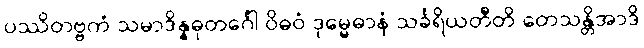
ပဿိတဗ္ဗကံ သမာဒိန္နဓုတင်္ဂေါ ဝိဓဝံ ဒုမ္မေဓာနံ သင်္ခရိယတီတိ တေသန္တိအာဒိ